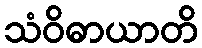
သံဝိဓာယာတိ